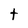
Character: t